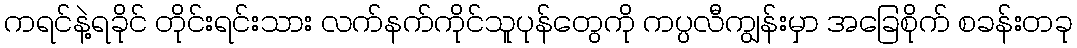
ကရင်နဲ့ရခိုင် တိုင်းရင်းသား လက်နက်ကိုင်သူပုန်တွေကို ကပ္ပလီကျွန်းမှာ အခြေစိုက် စခန်းတခု